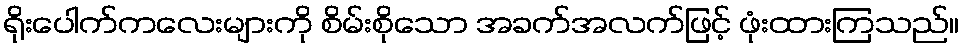
ရိုးပေါက်ကလေးများကို စိမ်းစိုသော အခက်အလက်ဖြင့် ဖုံးထားကြသည်။